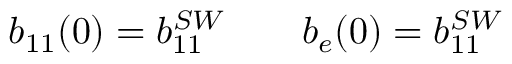
b _ { 1 1 } ( 0 ) = b _ { 1 1 } ^ { S W } \qquad b _ { e } ( 0 ) = b _ { 1 1 } ^ { S W }